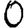
Digit: 0